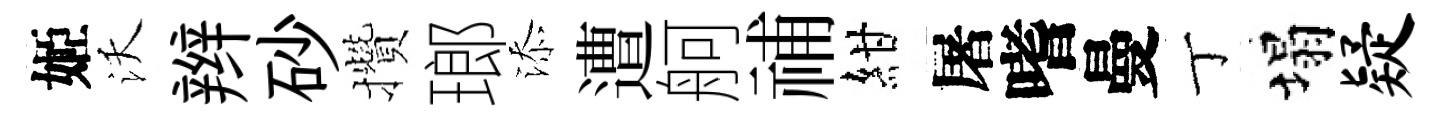
姬沃辫砂攢瑯添遭舸𥙷紺屠嗜曼丁塌疑